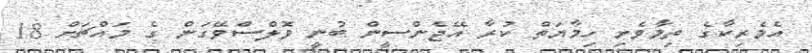
އެމެރިކާގެ ތިމާވެށި ހިމާޔަތް ކުރާ އޭޖެންސީން ބުނީ ވޮލްސްވޭގަން ގެ މައްޗަށް 18